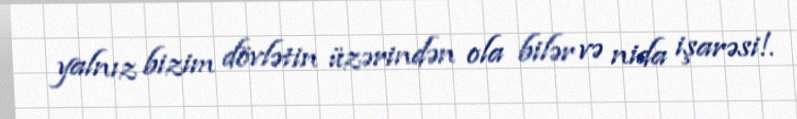
yalnız bizim dövlətin üzərindən ola bilər və nida işarəsi!.